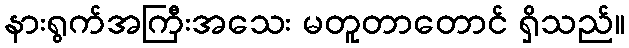
နားရွက်အကြီးအသေး မတူတာတောင် ရှိသည်။